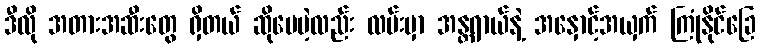
ဒီလို အတားအဆီးတွေ ရှိတယ် ဆိုပေမဲ့လည်း လမ်းမှာ အန္တရာယ်နဲ့ အနှောင့်အယှက် ကြုံနိုင်ခြေ